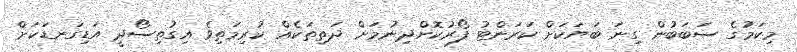
މިކަމުގެ ސަބަބުން ގިނަ ބަޔަކަށް ކަރަންޓު ފޯރުކޮށްދިނުމަށް ދަތިތަކެއް ކުރިމަތިވެ އިގުތިސޯދީ އަޑިގަނޑަކަށް